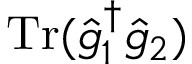
\operatorname { T r } ( \hat { g } _ { 1 } ^ { \dag } \hat { g } _ { 2 } )